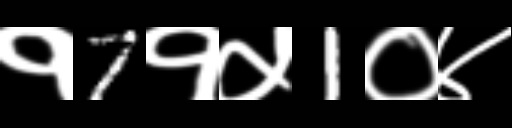
Text: १7१५1०४